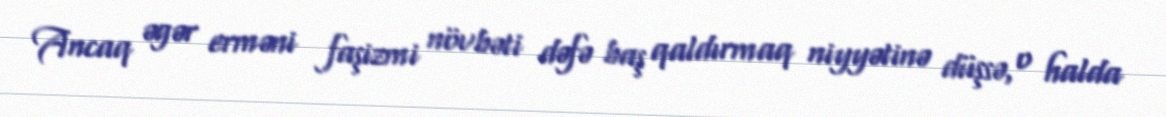
Ancaq əgər erməni faşizmi növbəti dəfə baş qaldırmaq niyyətinə düşsə, o halda